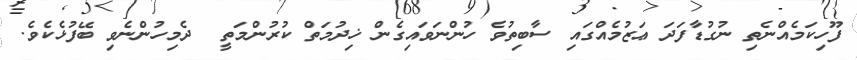
ފޫހިކަމެއްނެތި ނުގުޑާފަދަ ޢަޒުމެއްގައި ސާބިތުވެ ހުންނަވައިގެން ޚިދުމަތް ކުރުންމަތީ  ދެމިހުންނެވި ބޭފުޅެކެވެ.